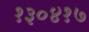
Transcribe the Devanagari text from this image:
१३०४१७